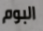
البوم